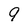
Character: 9